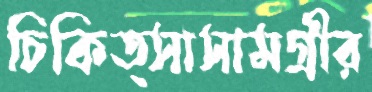
চিকিত্সাসামগ্রীর